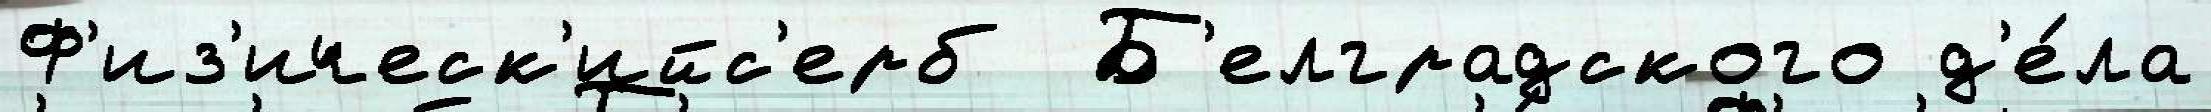
Ф'из'ическ'ийс'ерб  Б'елградского д'е́ла